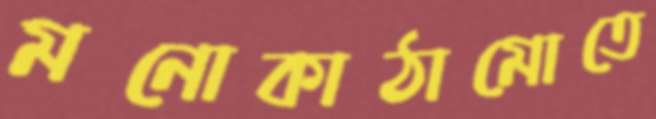
মনোকাঠামোতে